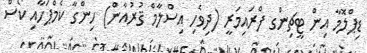
ޑިޕްލޮމާ އިން ޓީޗިންގ ފްރައިމަރީ (ދިވެހި އިސްލާމް ޤުރުއާން) ހިންގާ ކެމްޕަހާއި ކޯސް